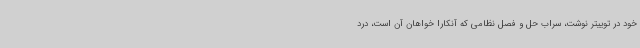
خود در توییتر نوشت، سراب حل و فصل نظامی که آنکارا خواهان آن است، درد